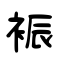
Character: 裖